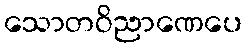
သောတဝိညာဏေပေ